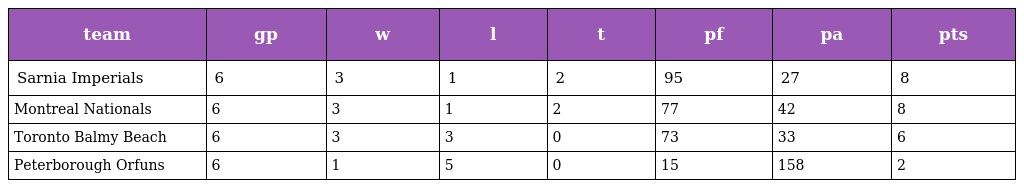
| team | gp | w | l | t | pf | pa | pts |
 | --- | --- | --- | --- | --- | --- | --- | --- |
 | Sarnia Imperials | 6 | 3 | 1 | 2 | 95 | 27 | 8 |
 | Montreal Nationals | 6 | 3 | 1 | 2 | 77 | 42 | 8 |
 | Toronto Balmy Beach | 6 | 3 | 3 | 0 | 73 | 33 | 6 |
 | Peterborough Orfuns | 6 | 1 | 5 | 0 | 15 | 158 | 2 |